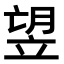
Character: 𥩿